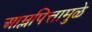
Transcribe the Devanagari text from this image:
आम्लपित्तामुळे